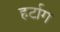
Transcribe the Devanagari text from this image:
हर्टाग